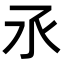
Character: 氶